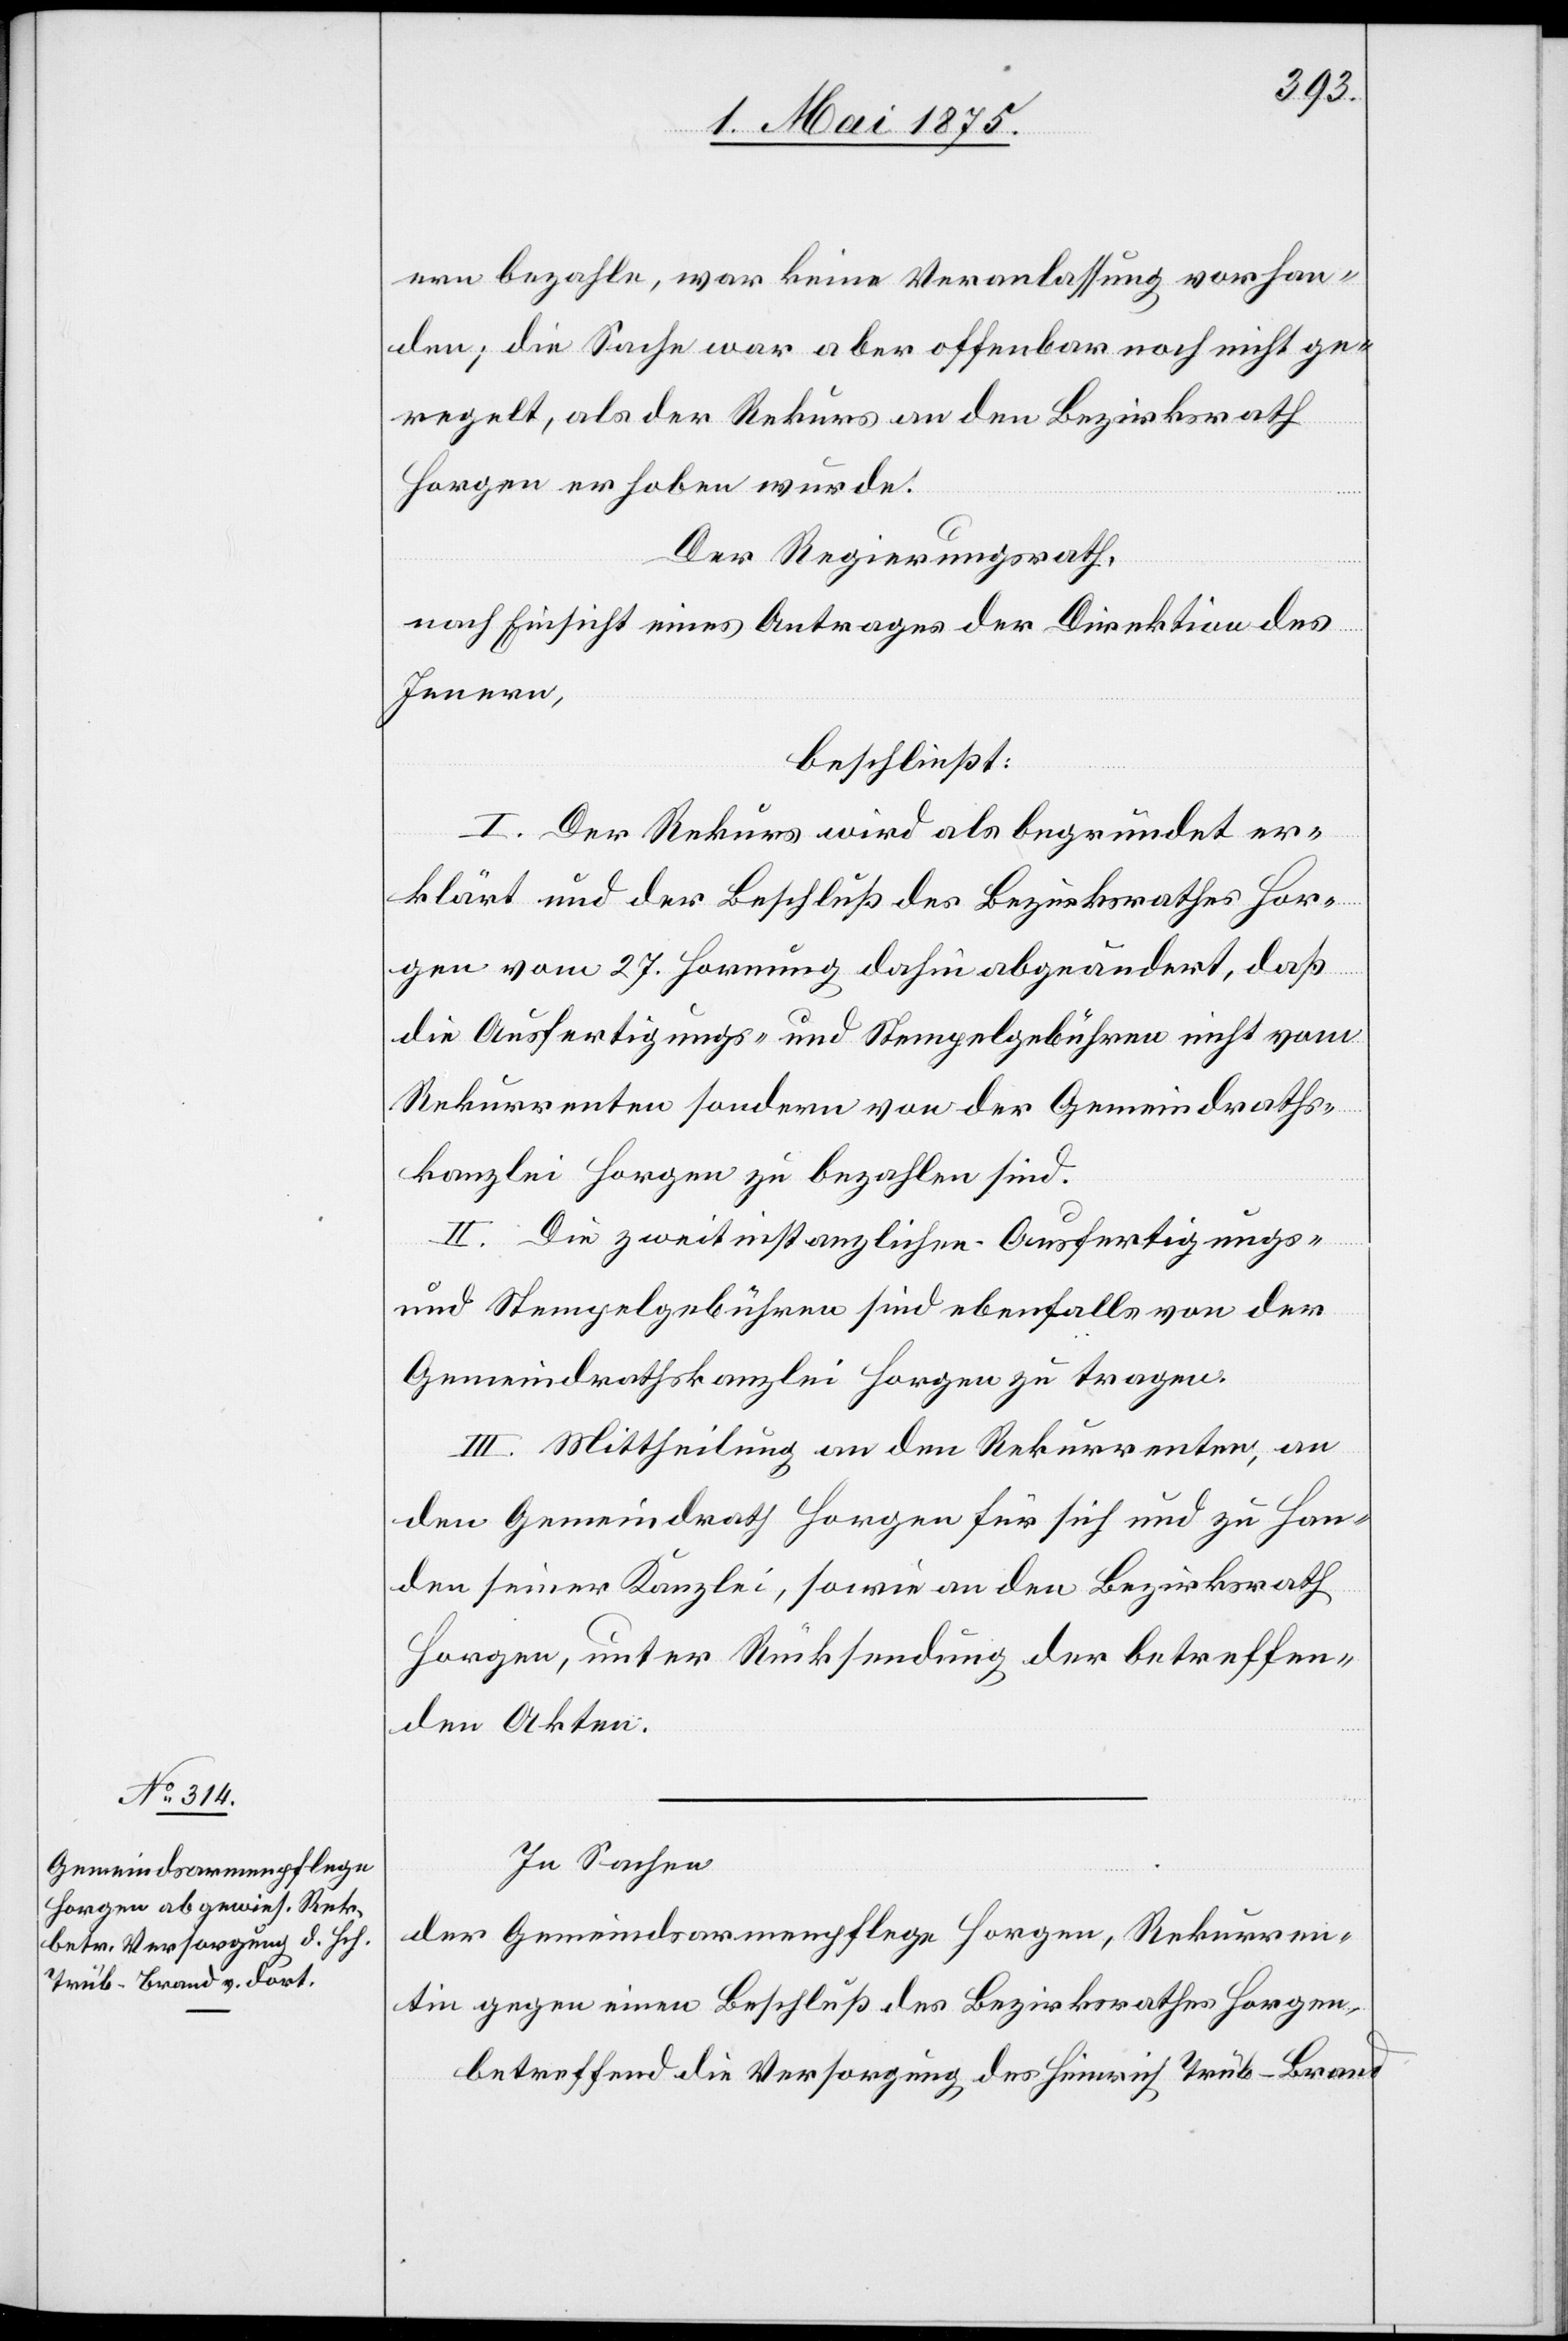
ern bezahle, war keine Veranlassung vorhan¬
den; die Sache war aber offenbar noch nicht ge¬
regelt, als der Rekurs an den Bezirksrath
Horgen erhoben wurde.
Der Regierungsrath,
nach Einsicht eines Antrages der Direktion des
Innern,
beschließt:
I. Der Rekurs wird als begründet er¬
klärt und der Beschluß des Bezirksrathes Hor¬
gen vom 27. Hornung dahin abgeändert, daß
die Ausfertigungs- und Stempelgebühren nicht vom
Rekurrenten sondern von der Gemeindraths¬
kanzlei Horgen zu bezahlen sind.
II. Die zweitinstanzlichen Ausfertigungs-
und Stempelgebühren sind ebenfalls von der
Gemeindrathskanzlei Horgen zu tragen.
III. Mittheilung an den Rekurrenten, an
den Gemeindrath Horgen für sich und zu Han¬
den seiner Kanzlei, sowie an den Bezirksrath
Horgen, unter Rücksendung der betreffen¬
den Akten.
In Sachen
der Gemeindsarmenpflege Horgen, Rekurren¬
tin gegen einen Beschluß des Bezirksrathes Horgen,
betreffend die Versorgung des Heinrich Trüb-Brand